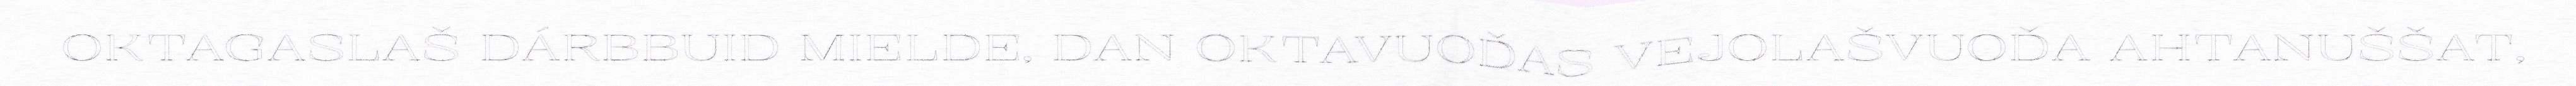
OKTAGASLAŠ DÁRBBUID MIELDE, DAN OKTAVUOĐAS VEJOLAŠVUOĐA AHTANUŠŠAT,